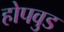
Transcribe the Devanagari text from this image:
होपवुड